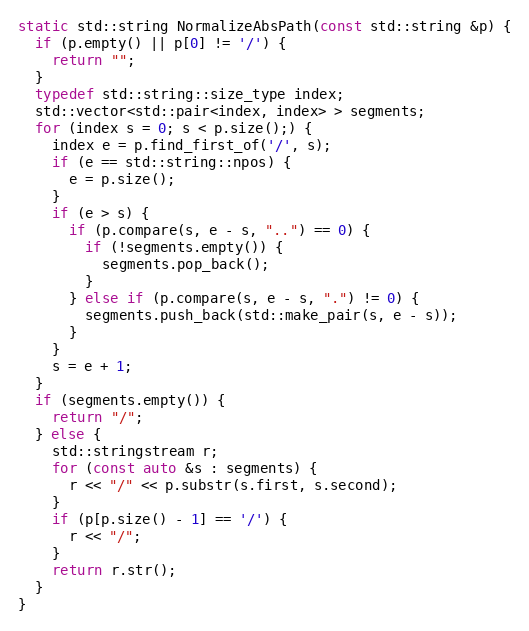
Language: C++
static std::string NormalizeAbsPath(const std::string &p) {
  if (p.empty() || p[0] != '/') {
    return "";
  }
  typedef std::string::size_type index;
  std::vector<std::pair<index, index> > segments;
  for (index s = 0; s < p.size();) {
    index e = p.find_first_of('/', s);
    if (e == std::string::npos) {
      e = p.size();
    }
    if (e > s) {
      if (p.compare(s, e - s, "..") == 0) {
        if (!segments.empty()) {
          segments.pop_back();
        }
      } else if (p.compare(s, e - s, ".") != 0) {
        segments.push_back(std::make_pair(s, e - s));
      }
    }
    s = e + 1;
  }
  if (segments.empty()) {
    return "/";
  } else {
    std::stringstream r;
    for (const auto &s : segments) {
      r << "/" << p.substr(s.first, s.second);
    }
    if (p[p.size() - 1] == '/') {
      r << "/";
    }
    return r.str();
  }
}